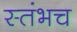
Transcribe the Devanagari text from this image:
स्तंभच